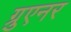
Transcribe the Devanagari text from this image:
ग्रुएनर